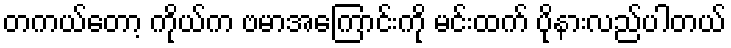
တကယ်တော့ ကိုယ်က ဗမာအကြောင်းကို မင်းထက် ပိုနားလည်ပါတယ်